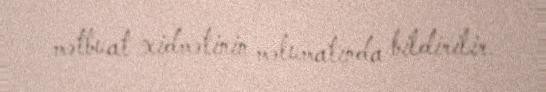
mətbuat xidmətinin məlumatında bildirilir.